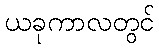
ယခုကာလတွင်